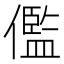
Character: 儖